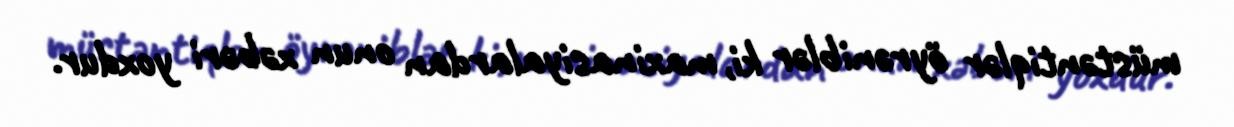
müstəntiqlər öyrəniblər ki, maxinasiyalardan onun xəbəri yoxdur.